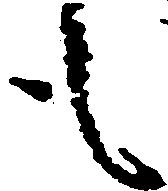
も